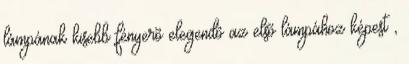
lámpának kisebb fényerõ elegendõ az elsõ lámpához képest ,